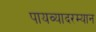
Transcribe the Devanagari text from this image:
पायव्यादरम्यान